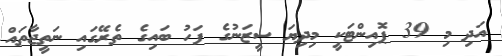
އަދި މި 39 ޕޮއިންޓަކީ މިދިޔަ ސީޒަނުގެ ފަހު ބައިގެ ތެރޭގައި ނަތީޖާތައް